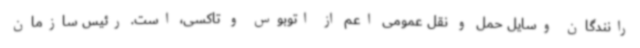
رانندگان وسایل حمل و نقل عمومی اعم از اتوبوس و تاکسی، است. رئیس سازمان